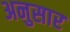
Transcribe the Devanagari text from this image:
अनुसार